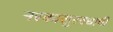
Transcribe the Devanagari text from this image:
नरकासुरवधाची